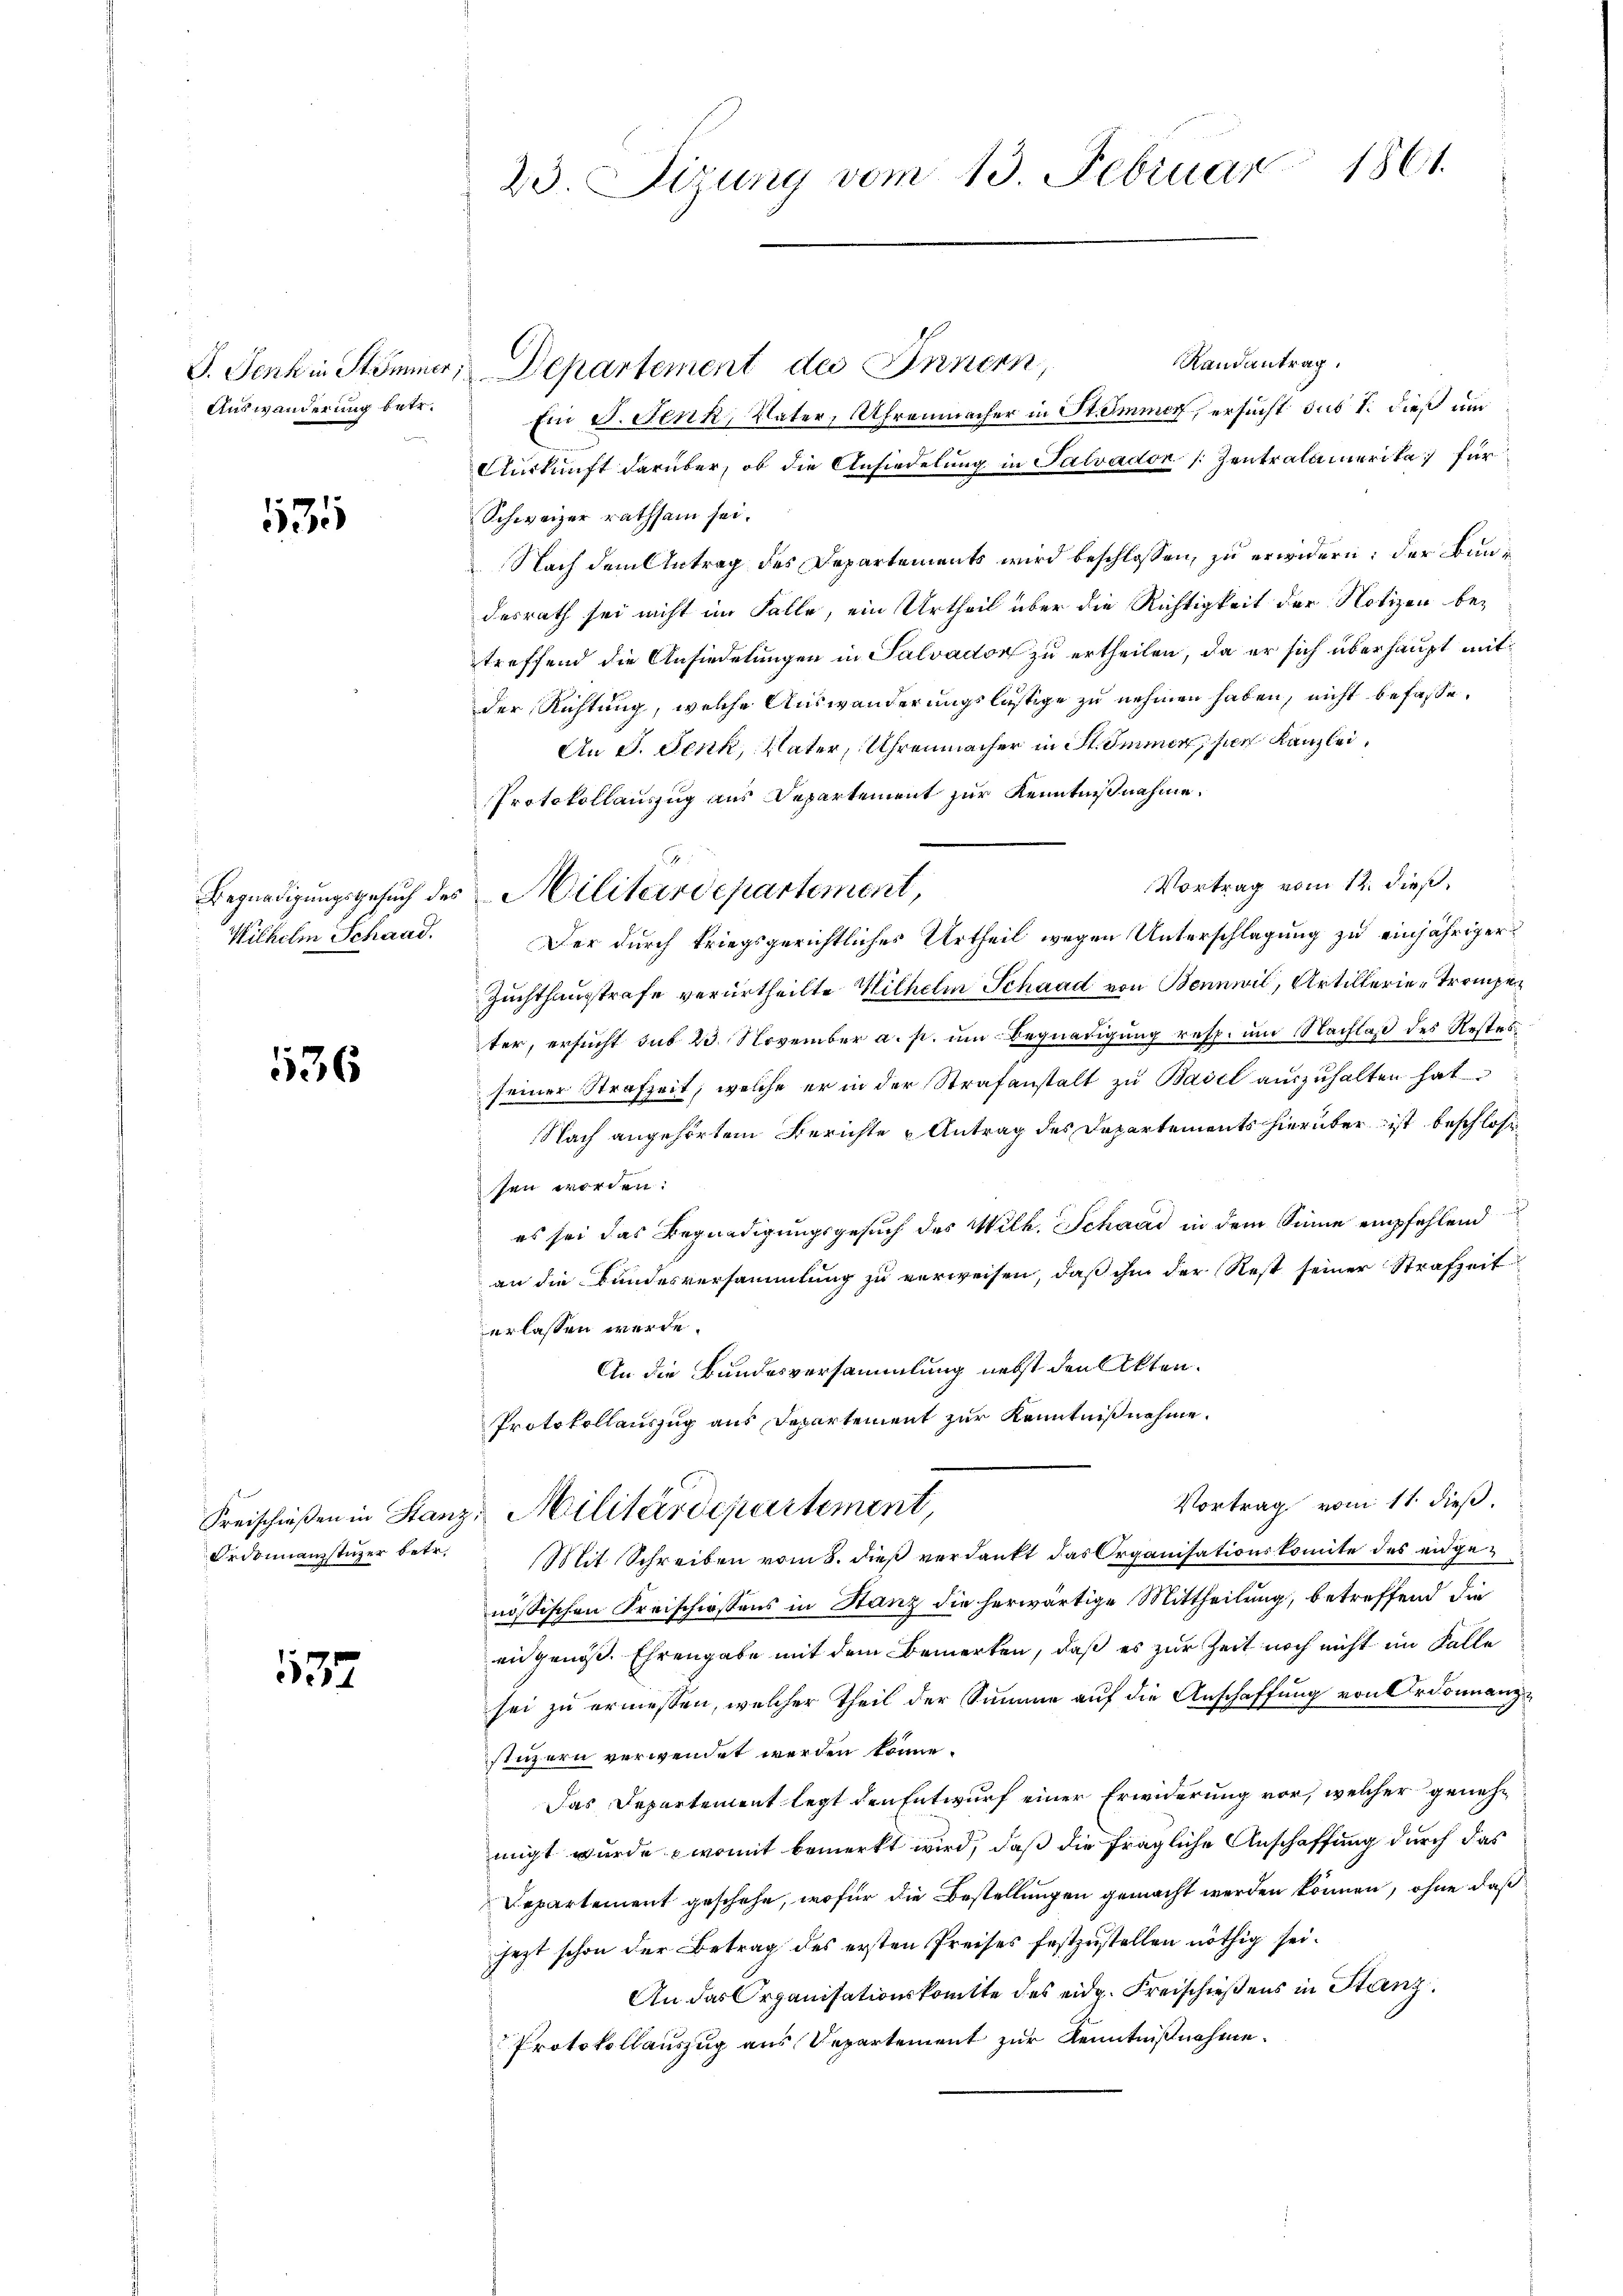
G. Jenk in Stimmer,
Auswanderung betr.

135

Begnadigungsgesuch des
Wilhelm Schaad.

1136

Ordonnanzstüzer betr.

127

23. Sizung vom 13. Februar 1861.

Randantrag.
Departement des Innern,
Ein J. Fenk, Vater, Uhrenmacher in St. Immer, ersucht sus I. dieß un
Auskunft darüber, ob die Ansiedelung in Salvadon [ Zentralamerika, für
Schweizer rathsam sei.
Nach dem Antrag des Departements wird beschlossen, zu erwidern: der Bundesrath sei nicht im Falle, ein Urtheil über die Richtigkeit der Notizen betreffend die Ansiedelungen in Salvadton zu ertheilen, da er sich überhaupt mitder Richtung, welche Auswanderungslässige zu nehmen haben, nicht befasse,
An J. Fenk, Vater, Uhrenmacher in St. Immer hier Kanzlei,
Protokollauszug aus Departement zur Kenntnißnahme.
Vortrag vom 12. dieß,
Der durch kriegsgerichtliches Urtheil wegen Unterschlagung zu einjähriger
Zuchthausstrafe verurtheilte Wilhelm Schaad von Bennwil, Artillerie - Trompeter, ersucht sub 23 November a. p. um Begnadigung resp. um Nachlaß des Restes
seiner Strafzeit, welche er in der Strafanstalt zu Badil auszuhalten hat
Nach angehörtem Berichte Antrag des Departements hierüber ist beschlos
sen worden.
es sei das Begnadigungsgesuch des Wilh. Schaad in dem Sinne empfehlend
an die Bundesversammlung zu verweisen, daß ihm der Rest seiner Strafzeit
erlassen werde.
An die Bundesversammlung nebst den Akten.
Protokollauszug aus Departement zur Kenntnißnahme.
Vortrag vom 11. dieß.
Freischießen in Stanz, Militärdepartement
Mit Schreiben vom 8. dieß verdankt das Organisationskomite des eidgenössischen Kreischiessens in Stanz die herwärtige Mittheilung, betreffend die
ein genöß. Ehrengabe mit dem Bemerken, daß es zur Zeit noch nicht im Falle
sei zu ermessen, welcher theil der Summe auf die Anschaffung von Ordonnanzstuzern verwendet werden könne.
Das Departement legt den Entwurf einer Erwiderung vor, welcher genehmigt wurde womit bemerkt wird, daß die fragliche Anschaffung durch das
Departement geschehe, wofür die Bestellungen gemacht werden können, ohne daß
jezt schon der Betrag des ersten Preises festzustellen nöthig sei.
An das Organisationskomitte des eidg. Freischießens in Stanz
Protokollauszug aus Departement zur Kenntnißnahme.

2
Militärdepartement